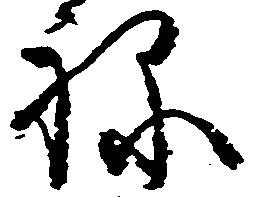
ね